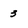
Character: 3